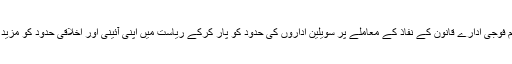
یقینی طور پر نیم فوجی ادارے قانون کے نفاذ کے معاملے پر سویلین اداروں کی حدود کو پار کرکے ریاست میں اپنی آئینی اور اخلاقی حدود کو مزید بڑھا رہے ہیں ۔